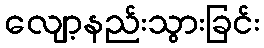
လျော့နည်းသွားခြင်း